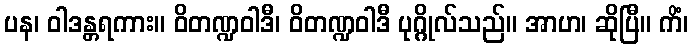
ပန၊ ဝါဒန္တရကား။ ဝိတဏ္ဍဝါဒီ၊ ဝိတဏ္ဍဝါဒီ ပုဂ္ဂိုလ်သည်။ အာဟ၊ ဆိုပြီ။ ကိံ၊